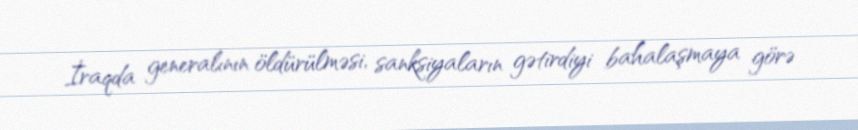
İraqda generalının öldürülməsi, sanksiyaların gətirdiyi bahalaşmaya görə